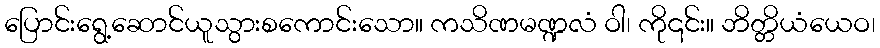
ပြောင်းရွေ့ဆောင်ယူသွားစကောင်းသော။ ကသိဏမဏ္ဍလံ ဝါ၊ ကို၎င်း။ ဘိတ္တိယံယေဝ၊